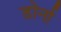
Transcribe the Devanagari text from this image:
डोर्ना